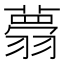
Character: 𦒃